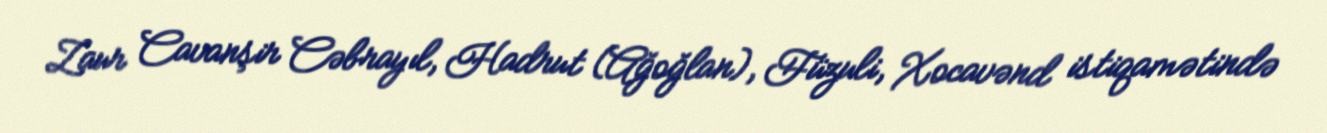
Zaur Cavanşir Cəbrayıl, Hadrut (Ağoğlan), Füzuli, Xocavənd istiqamətində